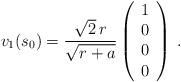
LaTeX: \begin{align*}v_1(s_0) = {\sqrt{2}\,r \over \sqrt{r+a} } \left(\begin{array}{c}1\\0\\0\\0\end{array}\right) \, .\end{align*}